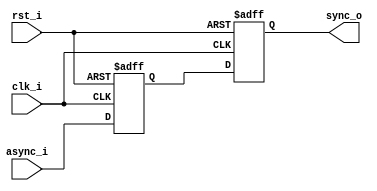
// This program was cloned from: https://github.com/rj45/rj32
// License: MIT License

//-----------------------------------------------------------------
//                      DVI / HDMI Framebuffer
//                              V0.1
//                     github.com/ultraembedded
//                          Copyright 2020
//
//
//                       License: MIT
//-----------------------------------------------------------------
// Copyright (c) 2020 github.com/ultraembedded
//
// Permission is hereby granted, free of charge, to any person obtaining a copy
// of this software and associated documentation files (the "Software"), to deal
// in the Software without restriction, including without limitation the rights
// to use, copy, modify, merge, publish, distribute, sublicense, and/or sell
// copies of the Software, and to permit persons to whom the Software is
// furnished to do so, subject to the following conditions:
//
// The above copyright notice and this permission notice shall be included in all
// copies or substantial portions of the Software.
//
// THE SOFTWARE IS PROVIDED "AS IS", WITHOUT WARRANTY OF ANY KIND, EXPRESS OR
// IMPLIED, INCLUDING BUT NOT LIMITED TO THE WARRANTIES OF MERCHANTABILITY,
// FITNESS FOR A PARTICULAR PURPOSE AND NONINFRINGEMENT. IN NO EVENT SHALL THE
// AUTHORS OR COPYRIGHT HOLDERS BE LIABLE FOR ANY CLAIM, DAMAGES OR OTHER
// LIABILITY, WHETHER IN AN ACTION OF CONTRACT, TORT OR OTHERWISE, ARISING FROM,
// OUT OF OR IN CONNECTION WITH THE SOFTWARE OR THE USE OR OTHER DEALINGS IN THE
// SOFTWARE.
`default_nettype none
//-----------------------------------------------------------------
module dvi_resync
//-----------------------------------------------------------------
// Params
//-----------------------------------------------------------------
#(
    parameter RESET_VAL = 1'b0
)
//-----------------------------------------------------------------
// Ports
//-----------------------------------------------------------------
(
    input  clk_i,
    input  rst_i,
    input  async_i,
    output sync_o
);

(* ASYNC_REG = "TRUE" *) reg sync_ms;
(* ASYNC_REG = "TRUE" *) reg sync_q;

always @ (posedge clk_i or posedge rst_i)
if (rst_i)
begin
    sync_ms  <= RESET_VAL;
    sync_q   <= RESET_VAL;
end
else
begin
    sync_ms  <= async_i;
    sync_q   <= sync_ms;
end

assign sync_o = sync_q;

endmodule